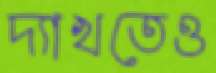
দ্যাখতেও